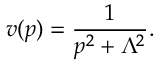
v ( p ) = { \frac { 1 } { p ^ { 2 } + \Lambda ^ { 2 } } } .